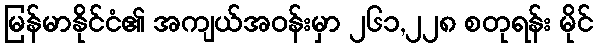
မြန်မာနိုင်ငံ၏ အကျယ်အဝန်းမှာ ၂၆၁,၂၂၈ စတုရန်း မိုင်